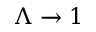
\Lambda \to 1